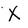
Character: X